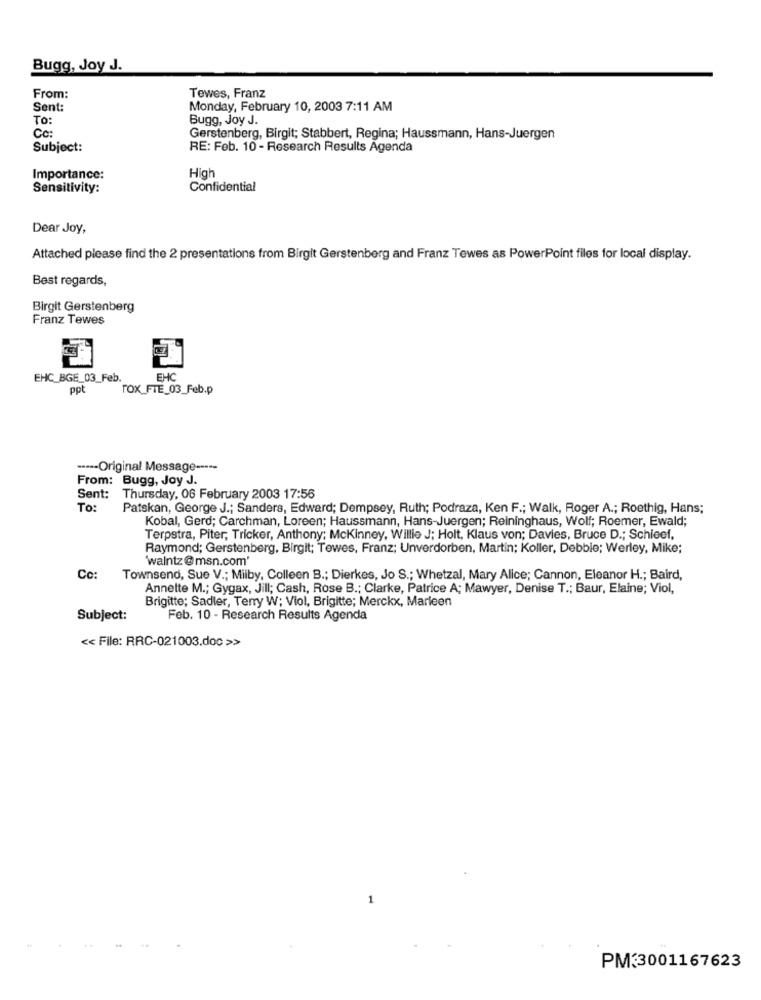
Bugg, Joy J.
From:
Tewes, Franz
Sent:
Monday, February 10, 2003 7:11 AM
To:
Bugg, Joy J.
Cc:
Gerstenberg, Birgit; Stabbert, Regina; Haussmann, Hans-Juergen
Subject:
RE: Feb. 10 - Research Results Agenda
Importance:
High
Sensitivity:
Confidential
Dear Joy,
Attached please find the 2 presentations from Birgit Gerstenberg and Franz Tewes as PowerPoint files for local display.
Best regards,
Birgit Gerstenberg
Franz Tewes
EHC_BGE_03_Feb.
EHC
ppt
TOX_FTE_03_Feb.p
----- Original Message -----
From: Bugg, Joy J.
Sent: Thursday, 06 February 2003 17:56
To:
Patskan, George J .; Sanders, Edward; Dempsey, Ruth; Podraza, Ken F .; Walk, Roger A .; Roethig, Hans;
Kobal, Gerd; Carchman, Loreen; Haussmann, Hans-Juergen; Reininghaus, Wolf; Roemer, Ewald;
Terpstra, Piter; Tricker, Anthony; Mckinney, Willie J; Holt, Klaus von; Davies, Bruce D .; Schieef.
Raymond; Gerstenberg, Birgit; Tewes, Franz; Unverdorben, Martin; Koller, Debbie; Werley, Mike;
"walntz@msn.com'
Townsend, Sue V .; Milby, Colleen B .; Dierkes, Jo S .; Whetzal, Mary Alice; Cannon, Eleanor H .; Baird,
Annette M .; Gygax, Jill; Cash, Rose B .; Clarke, Patrice A; Mawyer, Denise T .; Baur, Elaine; Viol,
Brigitte; Sadler, Terry W; Viol, Brigitte; Merckx, Marleen
Subject:
Feb. 10 - Research Results Agenda
<< File: RRC-021003.doc >>
1
PM33001167623